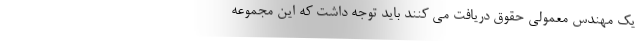
یک مهندس معمولی حقوق دریافت می کنند باید توجه داشت که این مجموعه